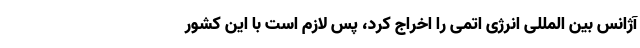
آژانس بین المللی انرژی اتمی را اخراج کرد، پس لازم است با این کشور